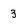
Character: 3